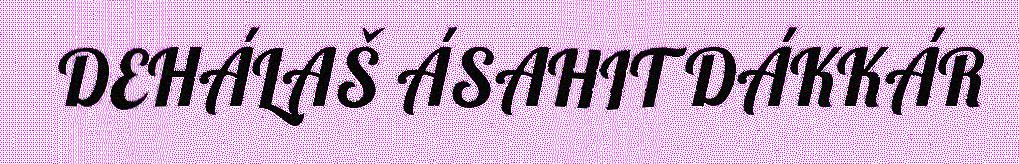
DEHÁLAŠ ÁSAHIT DÁKKÁR